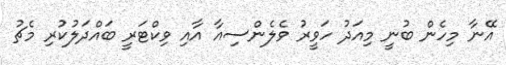
އޭނާ މިހެން ބުނީ މިއަދު ހަވީރު ވެލެންސިއާ އާއި ވިކްޓަރީ ބައްދަލުކުރި މެޗު